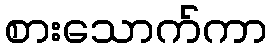
စားသောက်ကာ